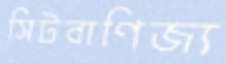
সিটবাণিজ্য